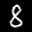
Label: 8